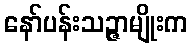
နော်ပန်းသဉ္ဇာမျိုးက